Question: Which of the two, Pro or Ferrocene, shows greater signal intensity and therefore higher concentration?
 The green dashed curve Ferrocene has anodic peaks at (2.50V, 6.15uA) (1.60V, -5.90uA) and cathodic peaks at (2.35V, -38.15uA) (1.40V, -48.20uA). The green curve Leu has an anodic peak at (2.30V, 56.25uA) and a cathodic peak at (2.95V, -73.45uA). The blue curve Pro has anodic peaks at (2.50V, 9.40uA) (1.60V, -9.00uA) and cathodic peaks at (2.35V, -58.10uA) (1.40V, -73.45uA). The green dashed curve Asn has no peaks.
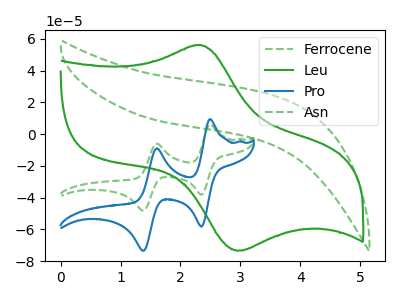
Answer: <think>All the peaks in "Pro" have a peak in "Ferrocene" at the same potential.
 </think>
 <answer>I cant tell if "Pro" or "Ferrocene" has higher concentration.</answer>
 <eval>mixed_concentration</eval>